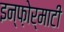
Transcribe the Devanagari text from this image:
इन्फ़ोर्माटी